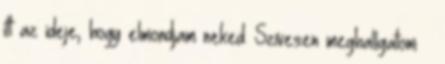
itt az ideje, hogy elmondjam neked. Szívesen meghallgatom –